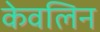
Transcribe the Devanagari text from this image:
केवलिन